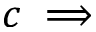
c \implies